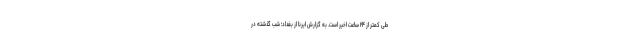
طی کمتر از ۲۴ ساعت اخیر است. به گزارش ایرنا از بغداد؛ شب گذشته در